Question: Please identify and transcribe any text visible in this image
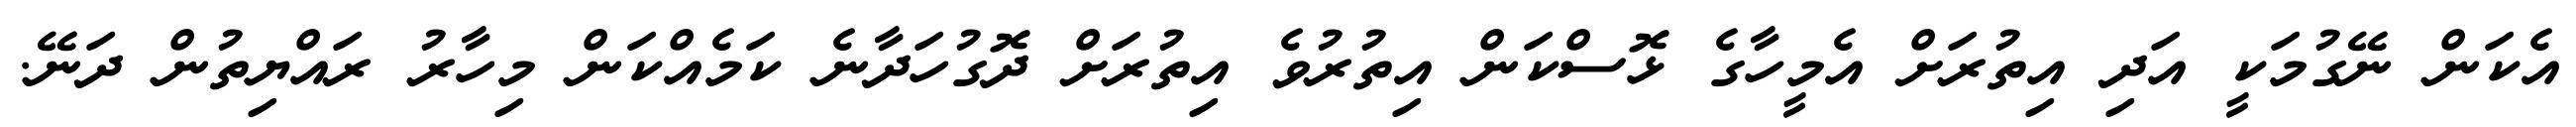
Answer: އެކަން ނޭގުމަކީ އަދި އިތުރަށް އެމީހާގެ ޅޮސްކަން އިތުރުވެ އިތުރަށް ދޮގުހަދާނެ ކަމެއްކަން މިހާރު ރައްޔިތުން ދަނޭ.